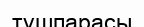
тұшпарасы